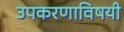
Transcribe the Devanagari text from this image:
उपकरणाविषयी